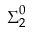
{ \boldsymbol { \Sigma } } _ { 2 } ^ { 0 }